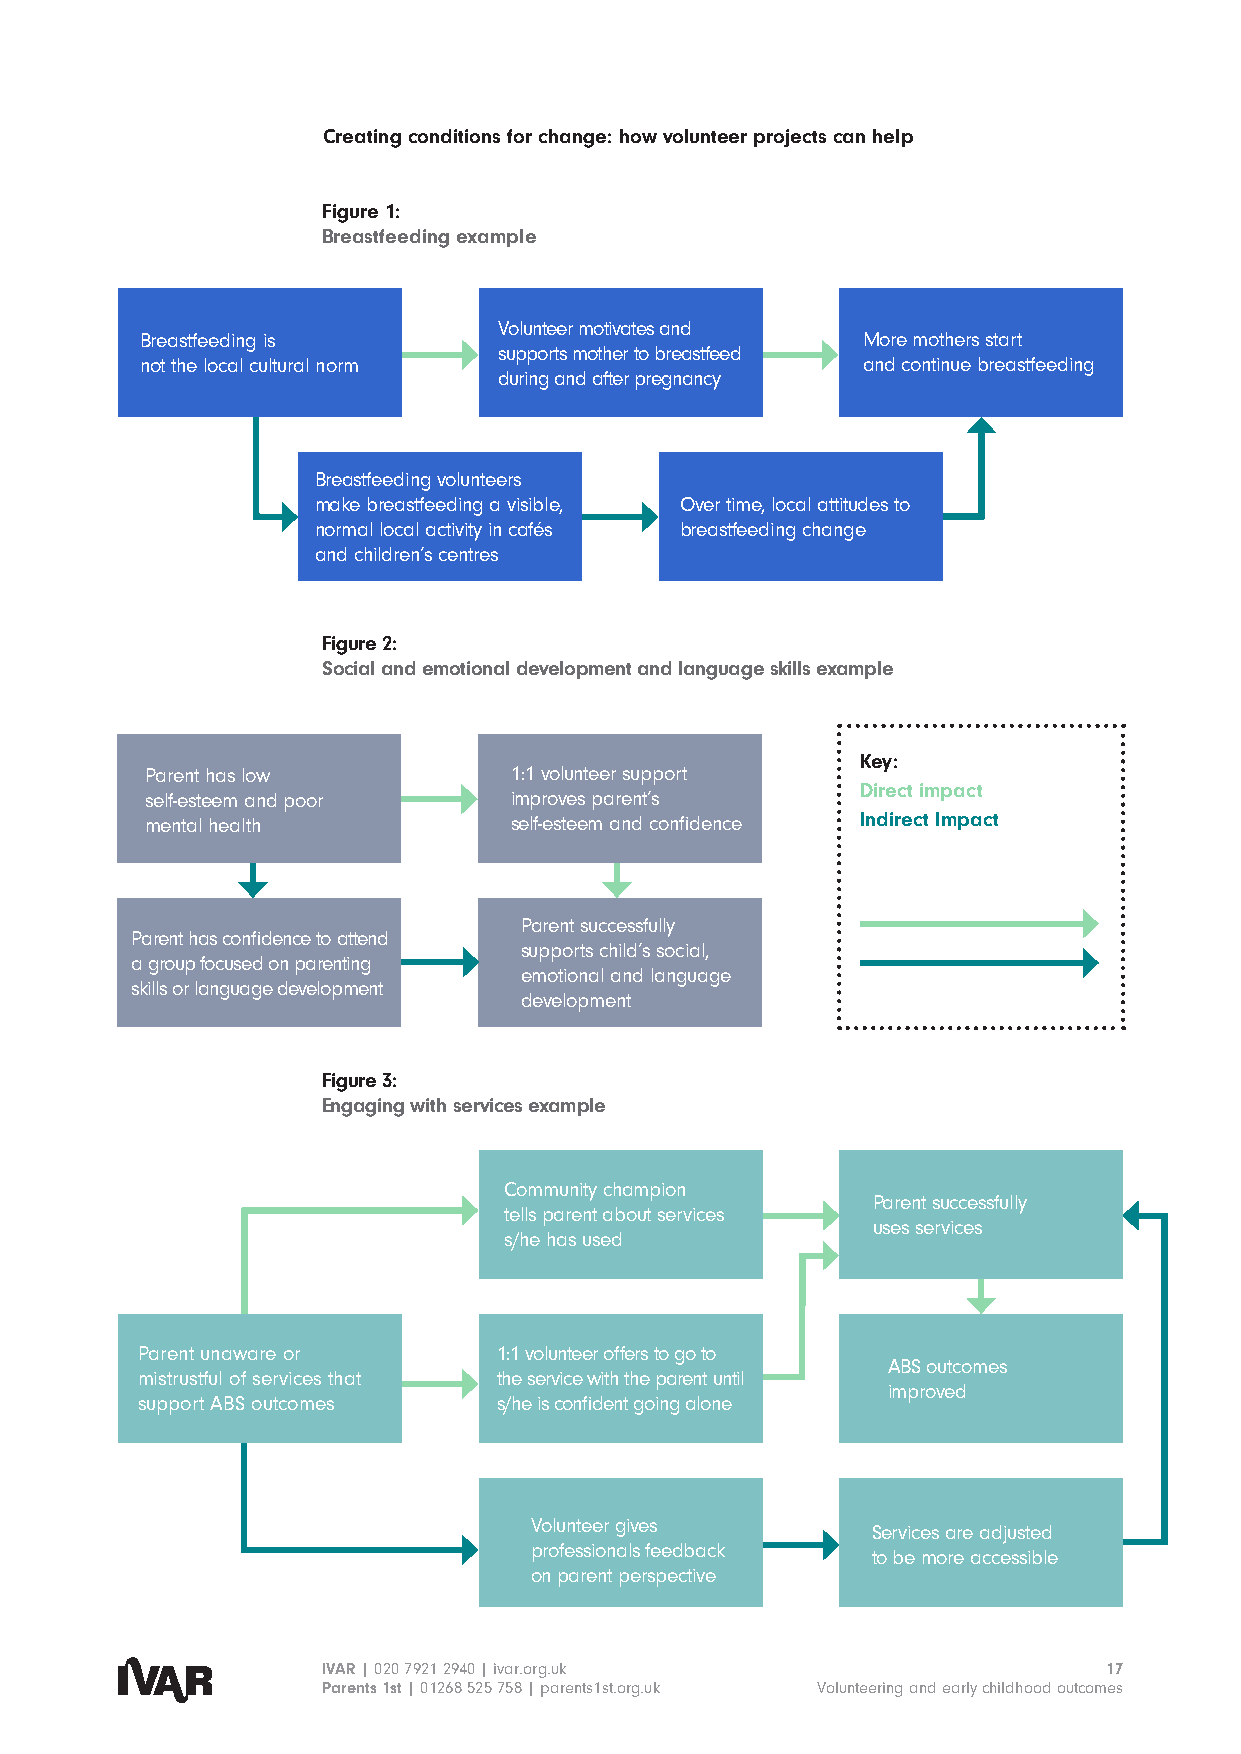
Creating conditions for change: how volunteer projects can help
 Figure 1:
 Breastfeeding example
 Volunteer motivates and
 Breastfeeding is                                More mothers start
 supports mother to breastfeed
 not the local cultural norm                     and continue breastfeeding
 during and after pregnancy
 Breastfeeding volunteers
 make breastfeeding a visible, Over time, local attitudes to
 normal local activity in cafés breastfeeding change
 and children’s centres
 Figure 2:
 Social and emotional development and language skills example
 Key:
 Parent has low          1:1 volunteer support
 Direct impact
 self-esteem and poor    improves parent’s
 mental health           self-esteem and confidence Indirect Impact
 Parent successfully
 Parent has confidence to attend
 supports child’s social,
 a group focused on parenting
 emotional and language
 skills or language development
 development
 Figure 3:
 Engaging with services example
 Community champion
 Parent successfully
 tells parent about services
 uses services
 s/he has used
 Parent unaware or       1:1 volunteer offers to go to
 ABS outcomes
 mistrustful of services that the service with the parent until
 improved
 support ABS outcomes    s/he is confident going alone
 Volunteer gives
 Services are adjusted
 professionals feedback
 to be more accessible
 on parent perspective
 IVAR | 020 7921 2940 | ivar.org.uk                  17
 Parents 1st | 01268 525 758 | parents1st.org.uk Volunteering and early childhood outcomes